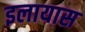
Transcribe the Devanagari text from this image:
इलायास